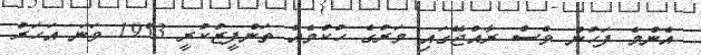
އެންމެ ފަހުން ވެސް ރާއްޖޭގައި މަރުގެ ހުކުމެއް ތަންފީޒުކުރީ 1953 ވަނަ އަހަރު